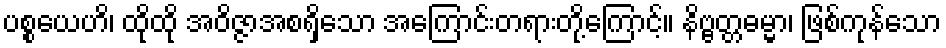
ပစ္စယေဟိ၊ ထိုထို အဝိဇ္ဇာအစရှိသော အကြောင်းတရားတို့ကြောင့်။ နိဗ္ဗတ္တဓမ္မာ၊ ဖြစ်ကုန်သော